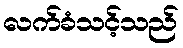
လက်ခံသင့်သည်